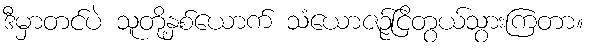
ဒီမှာတင်ပဲ သူတို့နှစ်ယောက် သံယောဇဉ်ငြိတွယ်သွားကြတာ။